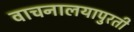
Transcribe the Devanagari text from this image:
वाचनालयापुरती